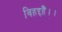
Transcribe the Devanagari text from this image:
विहद्दहैं।।